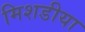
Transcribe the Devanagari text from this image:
मिशडीया